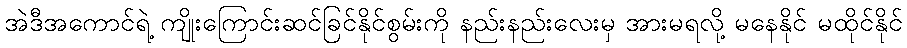
အဲဒီအကောင်ရဲ့ ကျိုးကြောင်းဆင်ခြင်နိုင်စွမ်းကို နည်းနည်းလေးမှ အားမရလို့ မနေနိုင် မထိုင်နိုင်